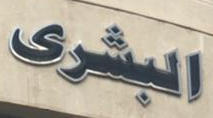
البشرى